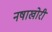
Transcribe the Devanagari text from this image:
नषाखोरी